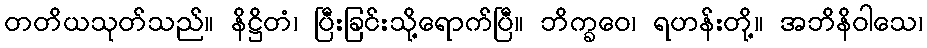
တတိယသုတ်သည်။ နိဋ္ဌိတံ၊ ပြီးခြင်းသို့ရောက်ပြီ။ ဘိက္ခဝေ၊ ရဟန်းတို့။ အဘိနိဝါသေ၊